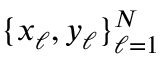
\{ x _ { \ell } , y _ { \ell } \} _ { \ell = 1 } ^ { N }